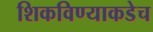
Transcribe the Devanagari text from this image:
शिकविण्याकडेच